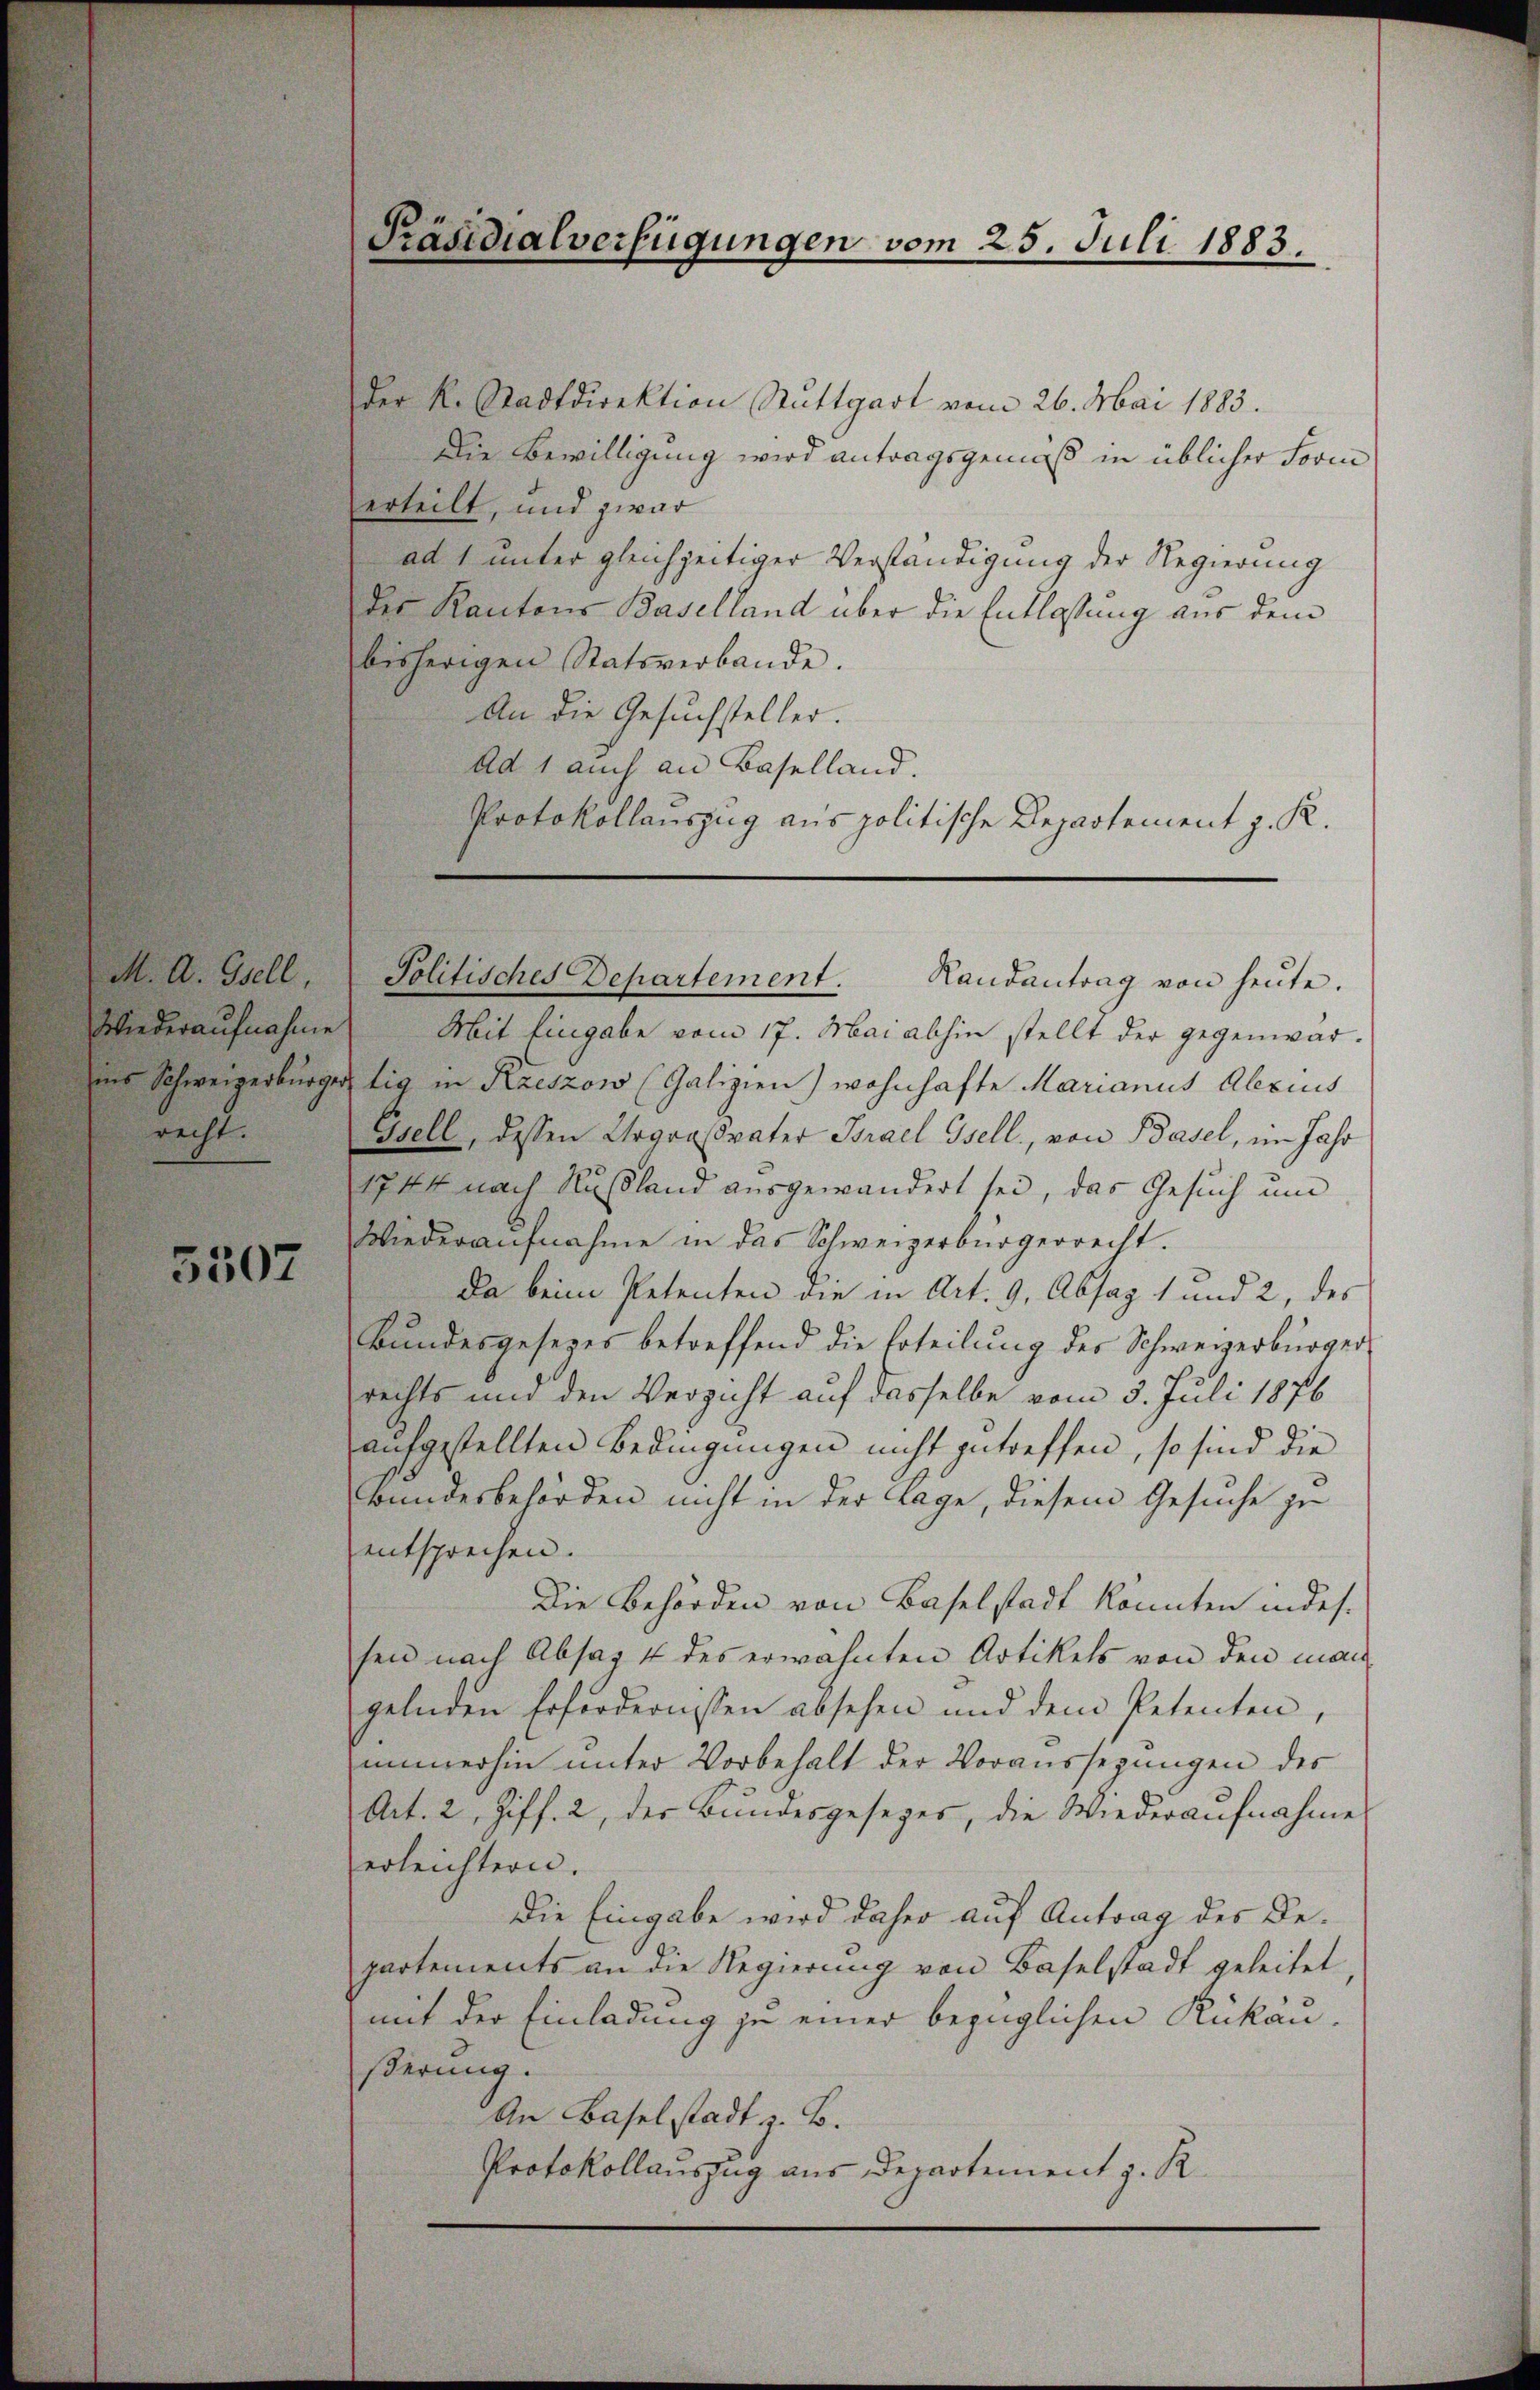
Fidialverfügungen vom 25. Juli 1883.

k. Stadtdirektion Ruttgart vom 26. Mai 1883.
Die Bewilligung wird antragsgemäß in üblicher Form
ilt, und zwar
21 unter gleichzeitiger Verständigung der Regierung
Rantons Baselland über die Entlassung aus dem
rigen Statsverbande.
An die Gesuchsteller.
Ad 1 auch an Baselland.
Protokollauszug aus politische Departement z. K.

Mit Eingabe vom 17. Mai abhin stellt der gegenwärtig in Kreszow (Galizien) wohnhafte Marianus Abzins
Grell, dessen Urgroßvater Brael Isell, von Basel, im Jahr
1744 nach Rußland ausgewandert sei, das Gesuch und
Wiederaŭfnahme in das Schweizerbürgerrecht.
Da beim Petenten die in Art. 9, Absag 1 und 2, des
Bundesgesezes betreffend die Erteilung des Schweizerbürger
rechts und den Verzicht auf dasselbe vom 5. Juli 1876
aufgestellten Bedingungen nicht zutreffen, so sind die
Bundesbehörden nicht in der Lage, diesem Gesuche zu
entsprechen.
Die Behörden von Baselstadt konnten indes.
sen nach Absag 4 des erwähnten Artikels von den man
gelnden Erfordernissen absehen und dem Petenten,
immerhin unter Vorbehalt der Voraussegŭngen des
Art. 2, Ziff. 2, der Bundesgesezes, die Wiederaufnahme
erleichtern.
Die Eingabe wird daher auf Antrag des Departements an die Regierung von Baselstadt geleitet,
mit der Einladung zu einer bezüglichen Rükäußerung.
An Baselstadt z. B.
Protokollauszug aus Departement z. R.

Politisches Departement. Randantrag von heute.